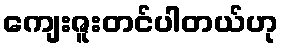
ကျေးဇူးတင်ပါတယ်ဟု